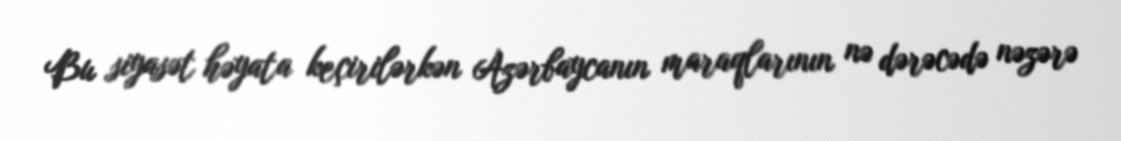
Bu siyasət həyata keçirilərkən Azərbaycanın maraqlarının nə dərəcədə nəzərə